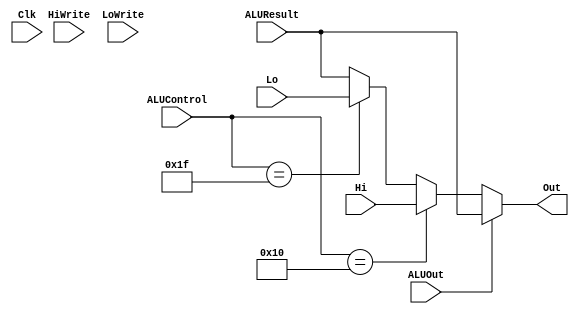
`timescale 1ns / 1ps
//////////////////////////////////////////////////////////////////////////////////
// Company: 
// Engineer: 
// 
// Design Name: 
// Module Name: HiLoReg
// Project Name: 
// Target Devices: 
// Tool Versions: 
// Description: 
// 
// Dependencies: 
// 
// Revision:
// Revision 0.01 - File Created
// Additional Comments:
// 
//////////////////////////////////////////////////////////////////////////////////


module HiLoReg(Clk, HiWrite, LoWrite, ALUOut, ALUControl, ALUResult, Hi, Lo, Out);
    input Clk, HiWrite, LoWrite, ALUOut;
    input [31:0] ALUResult, Hi, Lo;
    input [5:0] ALUControl;
    
    reg [31:0] Hi_r;
    reg [31:0] Lo_r;
    
    output reg [31:0] Out;
    
    always @(*) begin
        if (HiWrite == 1) Hi_r = Hi;
        if (LoWrite == 1) Lo_r = Lo;
        
        if (ALUOut == 1)
            Out = ALUResult;
        else if (ALUControl == 6'b010000) // Hi
            Out = Hi_r;
        else if (ALUControl == 6'b011111) // Lo
            Out = Lo_r;
        else
            Out = ALUResult;
        
    end
    

    
    
    
endmodule